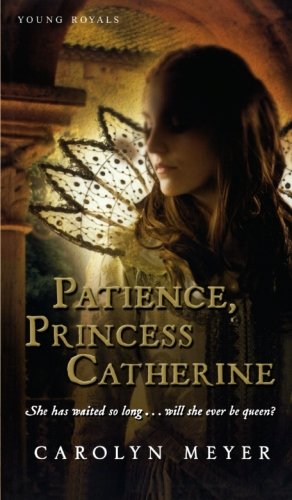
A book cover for Patience, Princess Catherine; Carolyn Meyer; Teen & Young Adult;